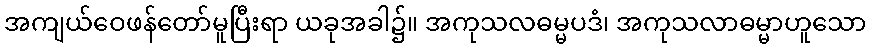
အကျယ်ဝေဖန်တော်မူပြီးရာ ယခုအခါ၌။ အကုသလဓမ္မပဒံ၊ အကုသလာဓမ္မာဟူသော